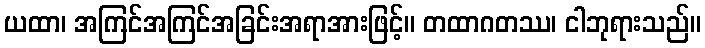
ယထာ၊ အကြင်အကြင်အခြင်းအရာအားဖြင့်။ တထာဂတဿ၊ ငါဘုရားသည်။